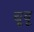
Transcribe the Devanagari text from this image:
चूबू